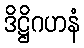
ဒိဋ္ဌိဂဟနံ